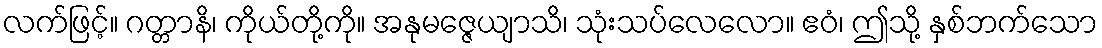
လက်ဖြင့်။ ဂတ္တာနိ၊ ကိုယ်တို့ကို။ အနုမဇ္ဇေယျာသိ၊ သုံးသပ်လေလော။ ဧဝံ၊ ဤသို့ နှစ်ဘက်သော